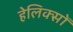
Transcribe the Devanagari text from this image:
हेलिक्सों